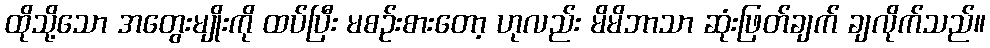
ထိုသို့သော အတွေးမျိုးကို ထပ်ပြီး မစဉ်းစားတော့ ဟုလည်း မိမိဘာသာ ဆုံးဖြတ်ချက် ချလိုက်သည်။